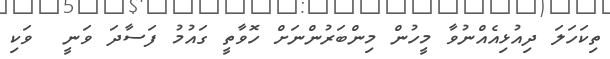
ތިކަހަލަ ދިއުޅިއެއްނުވާ މީހުން މިންބަރުންނަށް ހޮވާތީ ގައުމު ފަސާދަ ވަނީ  ވަކި